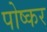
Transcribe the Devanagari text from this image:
पोष्कर